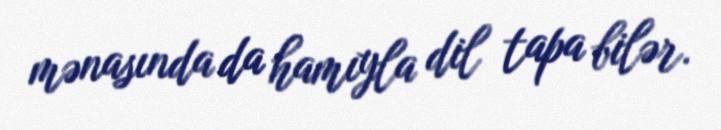
mənasında da hamıyla dil tapa bilər.